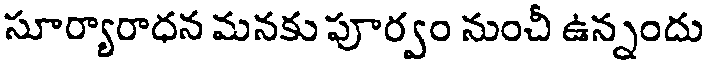
సూర్యారాధన మనకు పూర్వం నుంచీ ఉన్నందు